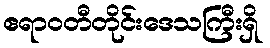
ဧရာဝတီတိုင်းဒေသကြီးရှိ